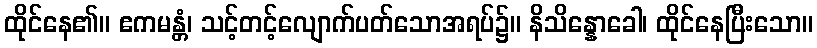
ထိုင်နေ၏။ ဧကမန္တံ၊ သင့်တင့်လျောက်ပတ်သောအရပ်၌။ နိသိန္နောခေါ၊ ထိုင်နေပြီးသော။